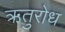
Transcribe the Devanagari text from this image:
ऋतुरोध